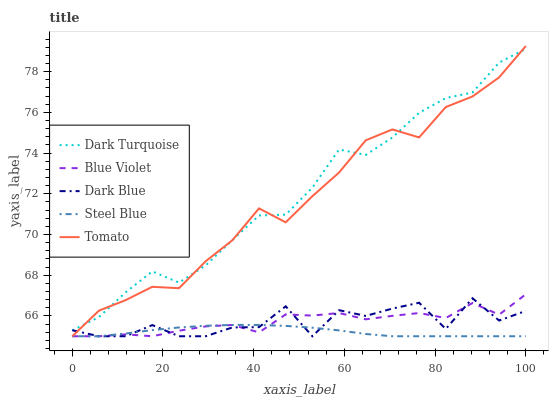
| xaxis_label | Dark Turquoise | Blue Violet | Dark Blue | Steel Blue | Tomato |
 | --- | --- | --- | --- | --- | --- |
 | 0 | 65.3 | 65 | 65.3 | 65 | 65 |
 | 5.88 | 65.9 | 65 | 65 | 65 | 66.3 |
 | 11.8 | 67.2 | 65.1 | 65 | 65.1 | 66.8 |
 | 17.6 | 68.2 | 65 | 65.5 | 65.3 | 67.4 |
 | 23.5 | 67.6 | 65.3 | 65 | 65.4 | 67.4 |
 | 29.4 | 68.5 | 65.5 | 65 | 65.5 | 68.7 |
 | 35.3 | 69.7 | 65.6 | 65.4 | 65.6 | 69.7 |
 | 41.2 | 70.9 | 65.2 | 65.4 | 65.6 | 71.3 |
 | 47.1 | 71 | 66.1 | 66.5 | 65.5 | 70.6 |
 | 52.9 | 72.3 | 66 | 65 | 65.4 | 71.9 |
 | 58.8 | 74.2 | 66.1 | 66.3 | 65.3 | 73 |
 | 64.7 | 73.9 | 65.8 | 66 | 65.1 | 74.6 |
 | 70.6 | 74.8 | 66 | 66.4 | 65 | 75.2 |
 | 76.5 | 76 | 66.1 | 66.6 | 65 | 74.8 |
 | 82.4 | 76.7 | 65.9 | 65.4 | 65 | 76.3 |
 | 88.2 | 77 | 66.6 | 66.9 | 65 | 76.8 |
 | 94.1 | 78.4 | 66.1 | 65.8 | 65 | 77.7 |
 | 100 | 79.1 | 67.1 | 66.2 | 65 | 79.3 |